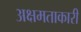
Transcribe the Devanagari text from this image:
अक्षमताकारी